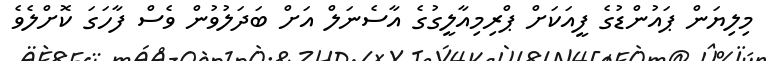
މިލިޔަން ޕައުންޑުގެ ފީއަކަށް ޕްރިމިއާލީގުގެ އާސެނަލް އަށް ބަދަލުވުން ވެސް ފާހަގަ ކޮށްލެވެ